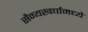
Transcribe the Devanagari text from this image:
सैन्यखर्चामध्ये